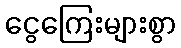
ငွေကြေးများစွာ